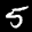
Label: 5